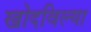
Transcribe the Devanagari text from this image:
खोदविल्या